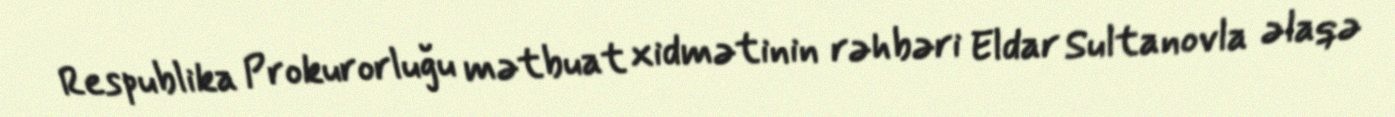
Respublika Prokurorluğu mətbuat xidmətinin rəhbəri Eldar Sultanovla əlaqə